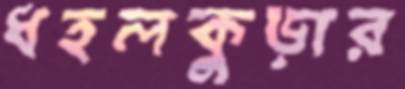
ধহলকুড়ার